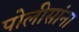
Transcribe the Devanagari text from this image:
पोलीसांना